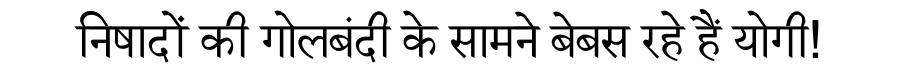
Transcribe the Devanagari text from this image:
निषादों की गोलबंदी के सामने बेबस रहे हैं योगी!